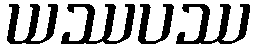
ယဿပဿ